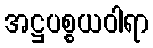
အဋ္ဌပစ္စယဝါရာ